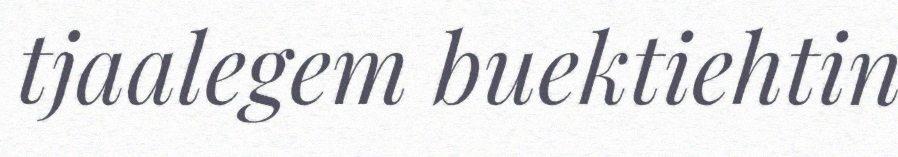
tjaalegem buektiehtin